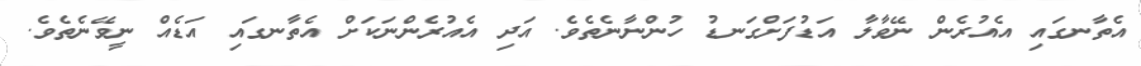
އެތާނގައި އެއުރެން ނޭވާލާ އަޑުފަށްގަނޑު ހުންނާނެތެވެ. އަދި އެއުރެންނަކަށް އެތާނގައި އަޑެއް ނީވޭނެތެވެ.